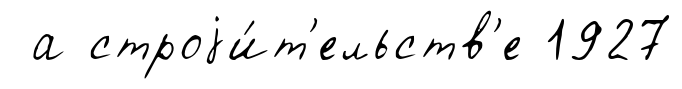
а строjи́т'ельств'е 1927